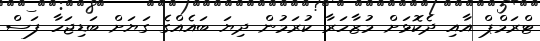
ޓްރަމްޕް އާއި ދެކޮޅަށް މުޒާހަރާ ކުރަމުން ދިޔަ ބައެއްގެ ގަޔަށް ބަޑިޖަހާ ފަސް